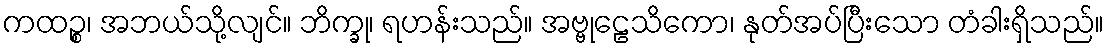
ကထဉ္စ၊ အဘယ်သို့လျင်။ ဘိက္ခု၊ ရဟန်းသည်။ အဗ္ဗုဠေသိကော၊ နုတ်အပ်ပြီးသော တံခါးရှိသည်။